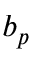
b _ { p }